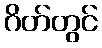
ဂိတ်တွင်